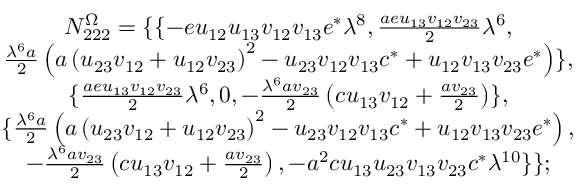
\begin{array} { c } { { N _ { 2 2 2 } ^ { \Omega } = \{ \{ - e u _ { 1 2 } u _ { 1 3 } v _ { 1 2 } v _ { 1 3 } e ^ { * } \lambda ^ { 8 } , \frac { a e u _ { 1 3 } v _ { 1 2 } v _ { 2 3 } } 2 \lambda ^ { 6 } , } } \\ { { \frac { \lambda ^ { 6 } a } 2 \left( a \left( u _ { 2 3 } v _ { 1 2 } + u _ { 1 2 } v _ { 2 3 } \right) ^ { 2 } - u _ { 2 3 } v _ { 1 2 } v _ { 1 3 } c ^ { * } + u _ { 1 2 } v _ { 1 3 } v _ { 2 3 } e ^ { * } \right) \} , } } \\ { { \{ \frac { a e u _ { 1 3 } v _ { 1 2 } v _ { 2 3 } } 2 \lambda ^ { 6 } , 0 , - \frac { \lambda ^ { 6 } a v _ { 2 3 } } 2 \left( c u _ { 1 3 } v _ { 1 2 } + \frac { a v _ { 2 3 } } 2 \right) \} , } } \\ { { \{ \frac { \lambda ^ { 6 } a } 2 \left( a \left( u _ { 2 3 } v _ { 1 2 } + u _ { 1 2 } v _ { 2 3 } \right) ^ { 2 } - u _ { 2 3 } v _ { 1 2 } v _ { 1 3 } c ^ { * } + u _ { 1 2 } v _ { 1 3 } v _ { 2 3 } e ^ { * } \right) , } } \\ { { - \frac { \lambda ^ { 6 } a v _ { 2 3 } } 2 \left( c u _ { 1 3 } v _ { 1 2 } + \frac { a v _ { 2 3 } } 2 \right) , - a ^ { 2 } c u _ { 1 3 } u _ { 2 3 } v _ { 1 3 } v _ { 2 3 } c ^ { * } \lambda ^ { 1 0 } \} \} ; } } \end{array}